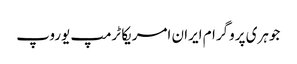
جوہری پروگرام ایران امریکا ٹرمپ یوروپ